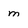
Character: m